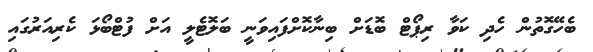
ބެހޭގޮތުން ހެދި ކަވާ ރިޕޯޓް ބޮޑަށް ބިނާކޮށްފައިވަނީ ބަލޮޓެލީ އަށް ފުޓްބޯޅަ ކެރިއަރުގައި